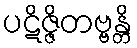
ပဋိဇ္ဇိတဗ္ဗန္တိ